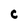
Character: C